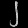
Digit: ၂